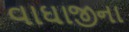
વાઘાજીના